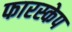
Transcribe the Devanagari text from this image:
फारस्केप